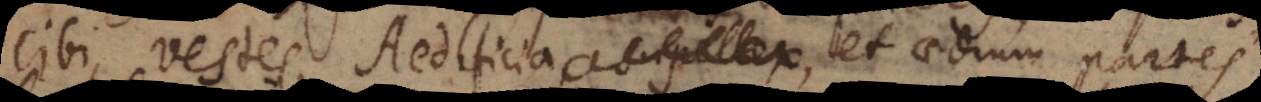
cibi, vestes, Aedificia, Supellex et aedium partes,